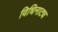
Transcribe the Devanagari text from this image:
विधिनाट्य